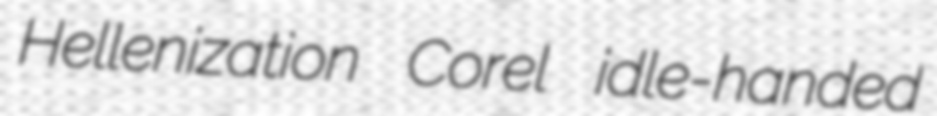
Hellenization Corel idle-handed